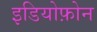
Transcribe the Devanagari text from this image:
इडियोफ़ोन